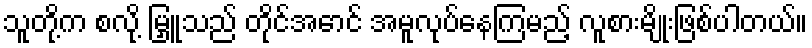
သူတို့က စလို့ မြှူသည် တိုင်အောင် အမူလုပ်နေကြမည့် လူစားမျိုးဖြစ်ပါတယ်။